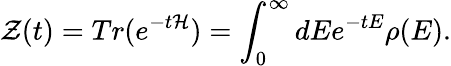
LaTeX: \mathcal{Z}(t)=Tr(e^{-t\mathcal{{H}}})=\int_{0}^{\infty}dEe^{-tE}\rho(E).